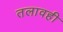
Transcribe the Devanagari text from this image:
तलावही